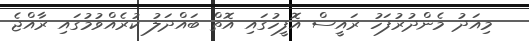
މިއަދު މެންދުރުފަހު ރައީސް އޮފީހުގައި އޮތް ބައްދަލު ކުރެއްވުމުގައި ރާއްޖެ